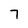
Character: 7